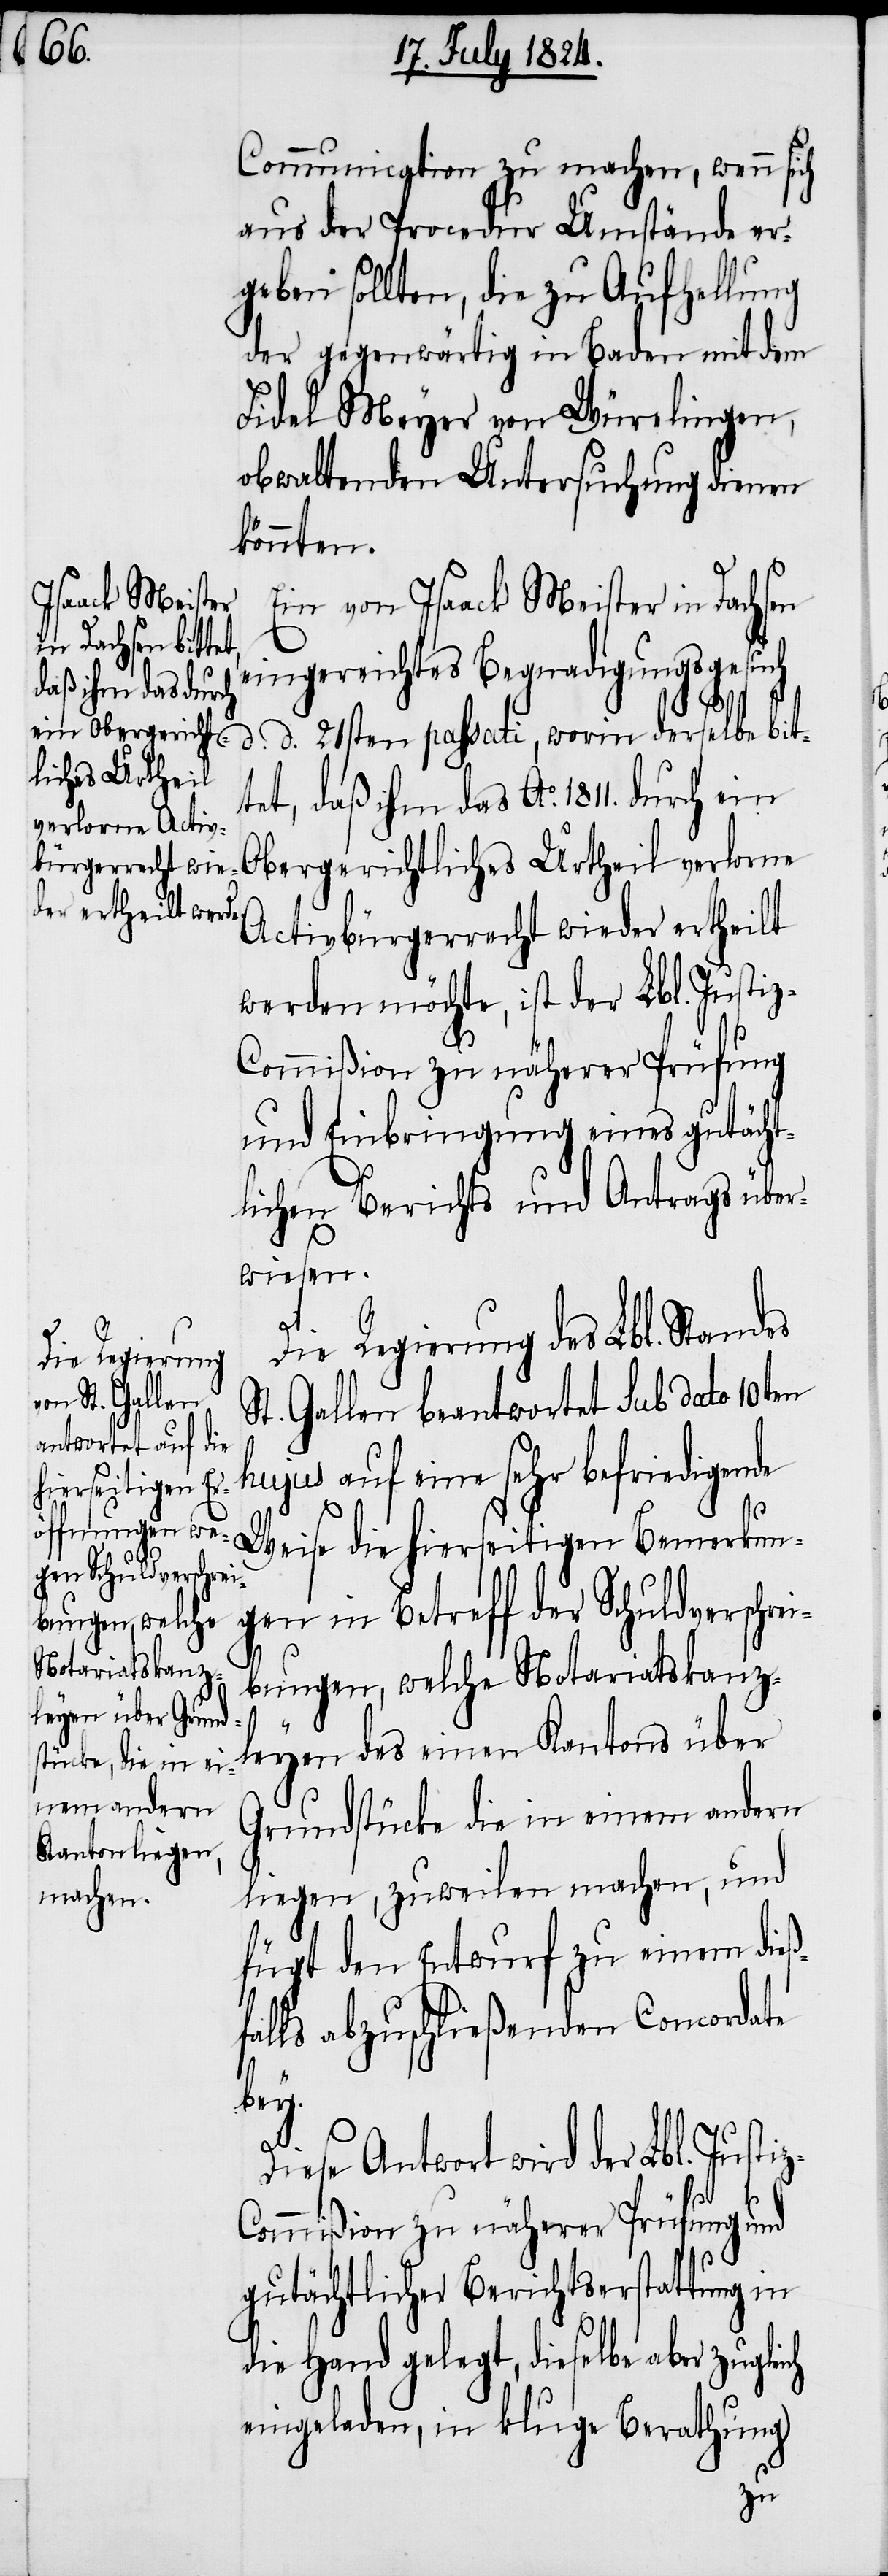
Ein von Isaack Meister in Dachsen
eingereichtes Begnadigungsgesuch
ich
d. d. 21sten passati, worin derselbe bit¬
tet, daß ihm das Ao. 1811. durch ein
Obergerichtliches Urtheil verlorne
Activbürgerrecht wieder ertheilt
werden möchte, ist der Lbl. Justi¬
z-Commißion zu näherer Prüfung
und Einbringung eines gutächt¬
lichen Berichts und Antrags über¬
wiesen.
Die Regierung des Lbl. Standes
St. Gallen beantwortet sub dato 10ten
hujus auf eine sehr befriedigende
Weise die hierseitigen Bemerkun¬
gen in Betreff der Schuldverschre¬
ibungen, welche
Notariatskanzl¬
f¬
eyen des einen Kantons über
Grundstücke die in einem andern
liegen, zuweilen machen, und
fügt den Entwurf zu einem dieß¬
alls abzuschließenden Concordate
bey.
Diese Antwort wird der Lbl. Justi¬
ommißion zu näherer Prüfung und
gutächtlicher Berichtserstattung in
die Hand gelegt, dieselbe aber zugle¬
eingeladen, in kluge Berathung